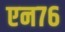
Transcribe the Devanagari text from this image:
एन७६